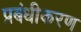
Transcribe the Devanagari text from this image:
प्रबंधीकरण